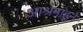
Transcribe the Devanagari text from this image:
आश्रमाहून